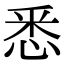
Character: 悉